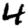
Digit: 4